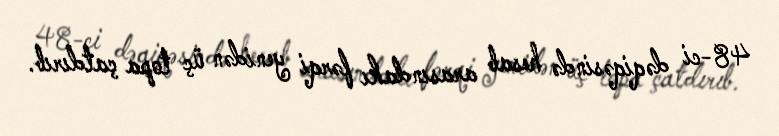
48-ci dəqiqəsində hesab arasındakı fərqi yenidən üç topa çatdırıb.